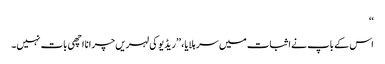
‘‘
اس کے باپ نے اثبات میں سر ہلایا، ’’ریڈیو کی لہریں چرانا اچھی بات نہیں۔